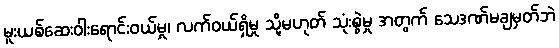
မူးယစ်ဆေးဝါးရောင်းဝယ်မှု၊ လက်ဝယ်ရှိမှု သို့မဟုတ် သုံးစွဲမှု အတွက် သေဒဏ်မချမှတ်ဘဲ